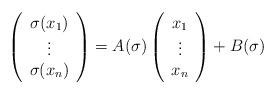
LaTeX: \begin{align*}\left(\begin{array}{c}\sigma(x_1)\\\vdots\\\sigma(x_n)\end{array}\right)=A(\sigma)\left(\begin{array}{c}x_1\\\vdots\\x_n\end{array}\right)+B(\sigma)\end{align*}